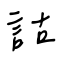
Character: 詁